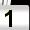
Digit: 1